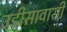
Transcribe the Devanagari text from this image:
उड़ीसावासी